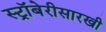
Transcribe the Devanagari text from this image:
स्ट्रॉबेरीसारखी